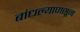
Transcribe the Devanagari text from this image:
बांधल्यापासून